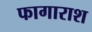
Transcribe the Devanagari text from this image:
फागाराश